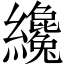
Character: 纔